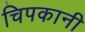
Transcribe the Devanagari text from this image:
चिपकानी